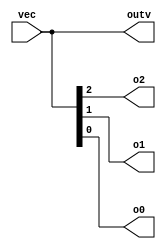
// Vectors are used to group related signals using one name to make it more convenient to manipulate.
module top_module ( 
    input wire [2:0] vec,
    output wire [2:0] outv,
    output wire o2,
    output wire o1,
    output wire o0  ); // Module body starts after module declaration

    assign outv = vec;
    assign { o2, o1, o0 } = { vec[2], vec[1], vec[0] }; // // Part-select one bit out of the vector.
    
endmodule